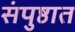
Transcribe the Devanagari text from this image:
संपुष्ठात